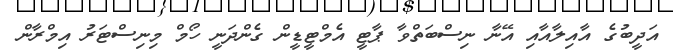
އަދީބުގެ އާއިލާއާއި އޭނާ ނިސްބަތްވާ ޕާޓީ އެމްޓީޑީން ގެންދަނީ ހޯމް މިނިސްޓަރު އިމްރާން